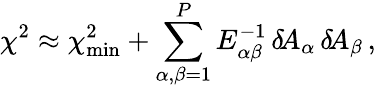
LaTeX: \chi^{2}\approx\chi_{\mathrm{min}}^{2}+\sum_{\alpha,\beta=1}^{P}E_{\alpha\beta}^{-1}\, \delta\! A_{\alpha}\, \delta\! A_{\beta}\, ,